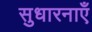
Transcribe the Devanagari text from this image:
सुधारनाएँ